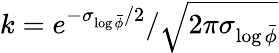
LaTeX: k=e^{-\sigma_{\log\bar{\phi}}/2}/\sqrt{2\pi\sigma_{\log\bar{\phi}}}